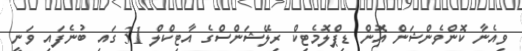
ވިއެނާ ކޮންވެންޝަން އޮން ޑިޕްލޮމެޓިކް ރިލޭޝަންސްގެ އާޓިކްލް 31 ގައި ބުނެފައި ވަނީ